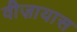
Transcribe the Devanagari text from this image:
वीज़ायास